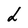
Character: L